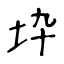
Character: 𡉻